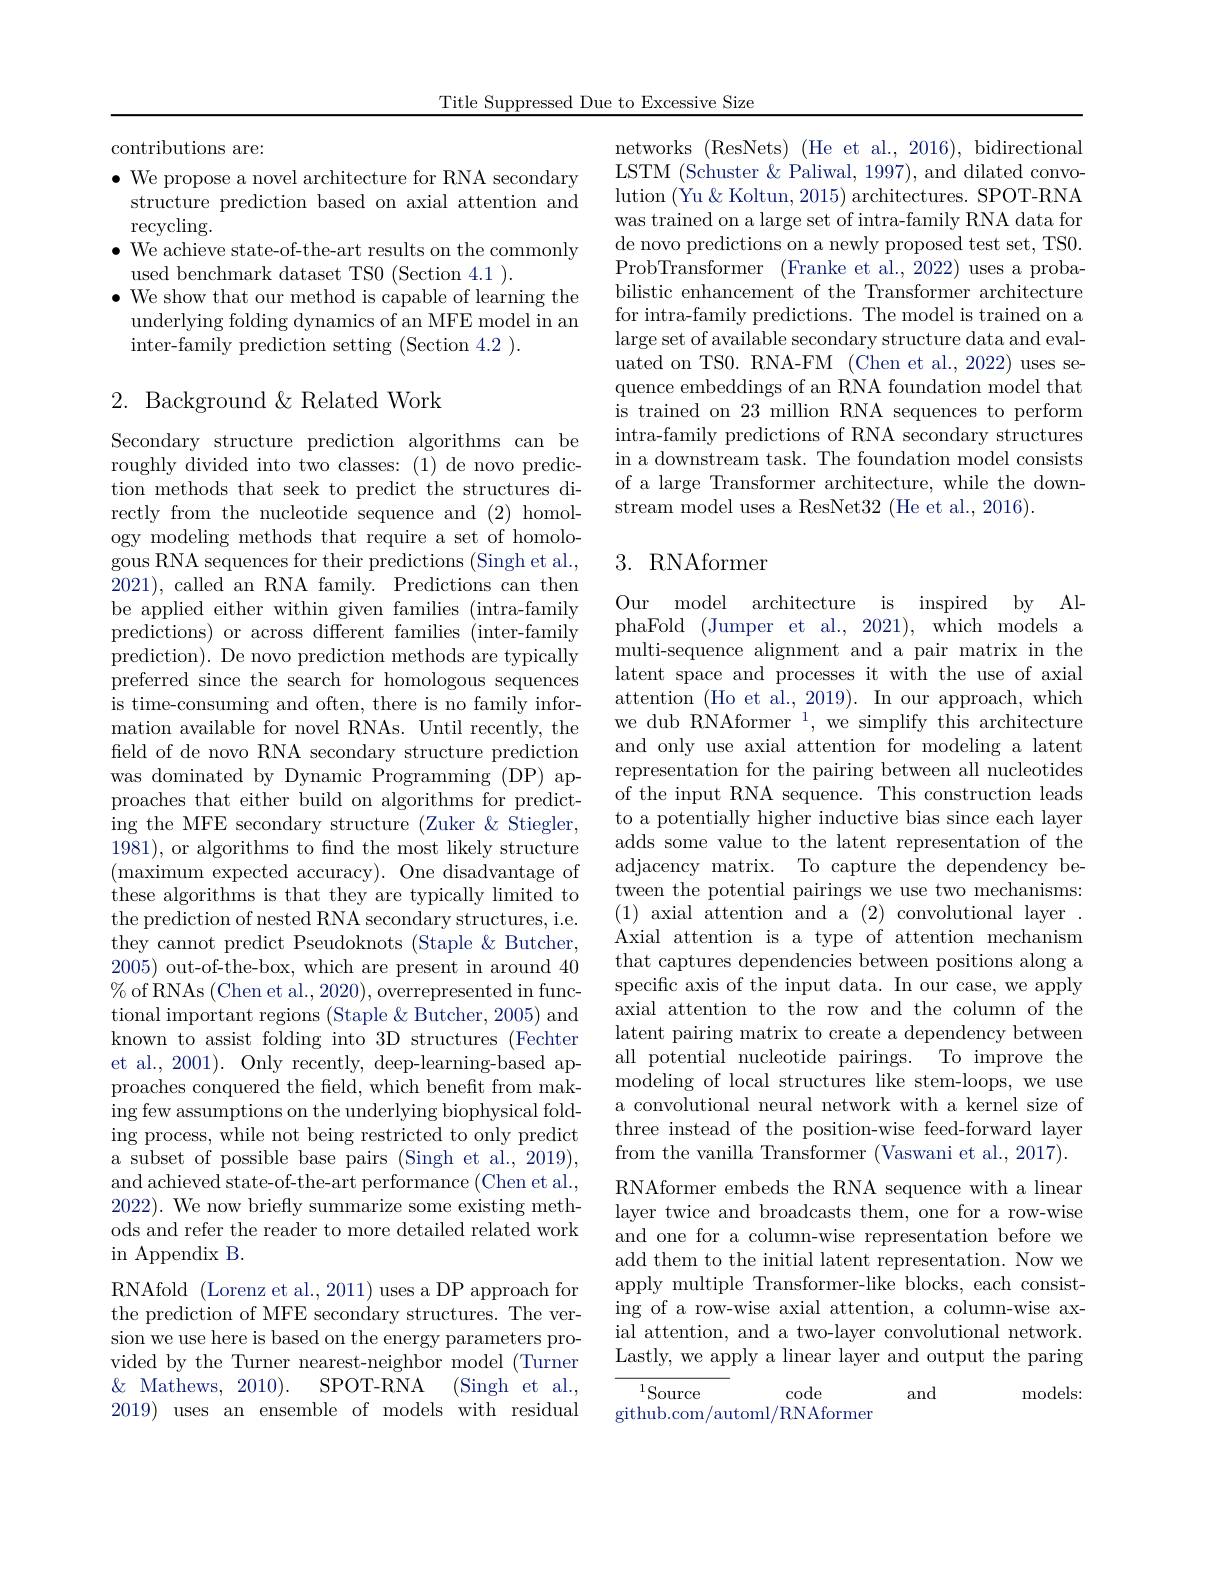
Title Suppressed Due to Excessive Size

contributions are:

$\bullet$ We propose a novel architecture for RNA secondary
structure prediction based on axial attention and
recycling.
$\bullet$ We achieve state-of-the-art results on the commonly
used benchmark dataset TS0 (Section 4.1 ).
$\bullet$ We show that our method is capable of learning the
underlying folding dynamics of an MFE model in an
inter-family prediction setting (Section 4.2 ).

### 2. Background&Related Work

Secondary structure prediction algorithms can be roughly divided into two classes: (1) de novo prediction methods that seek to predict the structures directly from the nucleotide sequence and (2) homology modeling methods that require a set of homologous RNA sequences for their predictions (Singh et al., 2021), called an RNA family. Predictions can then be applied either within given families (intra-family predictions) or across different families (inter-family prediction). De novo prediction methods are typically preferred since the search for homologous sequences is time-consuming and often, there is no family information available for novel RNAs. Until recently, the feld of de novo RNA secondary structure prediction was dominated by Dynamic Programming (DP) approaches that either build on algorithms for predicting the MFE secondary structure (Zuker &Stiegler, 1981), or algorithms to find the most likely structure (maximum expected accuracy). One disadvantage of $\dot{\text{these algorithms is that they are typically limited to}}$ the prediction of nested RNA secondary structures, i.e. they cannot predict Pseudoknots (Staple &Butcher, 2005) out-of-the-box, which are present in around 40 $\%$ of RNAs (Chen et al., 2020), overrepresented in functional important regions (Staple & Butcher, 2005) and known to assist folding into 3D structures (Fechter et al., 2001). Only recently, deep-learning-based approaches conquered the field, which benefit from making few assumptions on the underlying biophysical fold- $\operatorname{ing}$process, while not being restricted to only predict a subset of possible base pairs (Singh et al., 2019), and achieved state-of-the-art performance (Chen et al., 2022). We now briefly summarize some existing methods and refer the reader to more detailed related work $\operatorname{in}$Appendix B.
RNAfold (Lorenz et al., 2011) uses a DP approach for the prediction of MFE secondary structures. The version we use here is based on the energy parameters provided by the Turner nearest-neighbor model (Turner $\&$ Mathews, 2010). SPOT-RNA (Singh et al., 2019) uses an ensemble of models with residual

networks (ResNets) (He et al., 2016), bidirectional LSTM (Schuster & Paliwal, 1997), and dilated convolution (Yu & Koltun, 2015) architectures. SPOT-RNA was trained on a large set of intra-family RNA data for de novo predictions on a newly proposed test set, TS0. ProbTransformer (Franke et al., 2022) uses a probabilistic enhancement of the Transformer architecture for intra-family predictions. The model is trained on a large set of available secondary structure data and evaluated on TS0. RNA-FM (Chen et al., 2022) uses sequence embeddings of an RNA foundation model that is trained on 23 million RNA sequences to perform intra-family predictions of RNA secondary structures in a downstream task. The foundation model consists of a large Transformer architecture, while the downstream model uses a ResNet32 (He et al., 2016).

# 3. RNAformer

Our model architecture is inspired by AlphaFold (Jumper et al., 2021), which models a multi-sequence alignment and a pair matrix in the latent space and processes it with the use of axial attention (Ho et al., 2019). In our approach, which we dub RNAformer $^1$, we simplify this architecture and only use axial attention for modeling a latent representation for the pairing between all nucleotides of the input RNA sequence. This construction leads to a potentially higher inductive bias since each layer adds some value to the latent representation of the adjacency matrix. To capture the dependency between the potential pairings we use two mechanisms: (1) axial attention and a (2) convolutional layer. Axial attention is a type of attention mechanism that captures dependencies between positions along a specific axis of the input data. In our case, we apply axial attention to the row and the column of the latent pairing matrix to create a dependency between all potential nucleotide pairings. To improve the $\bar{\text{modeling of local structures like stem-loops, we use}}$ a convolutional neural network with a kernel size of three instead of the position-wise feed-forward layer from the vanilla Transformer (Vaswani et al., 2017). RNAformer embeds the RNA sequence with a linear layer twice and broadcasts them, one for a row-wise and one for a column-wise representation before we add them to the initial latent representation. Now we apply multiple Transformer-like blocks, each consisting of a row-wise axial attention, a column-wise axial attention, and a two- layer convolutional network. Lastly, we apply a linear layer and output the paring

$\overline{{^{1}\text{Source }}}$

and

code

${\mathrm{models:}}$

github.com/automl/RNAformer